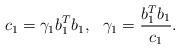
LaTeX: \begin{align*}c_{1}=\gamma_{1}b_{1}^{T} b_{1}, \ \ \gamma_{1}=\frac{b_{1}^{T} b_{1}}{c_{1}}.\end{align*}